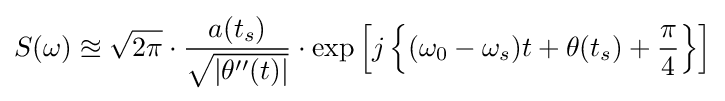
S(\omega )\approxeq {\sqrt {2\pi }}\cdot {\frac {a(t_{s})}{\sqrt {|\theta ''(t)|}}}\cdot \exp \left[j\left\{(\omega _{0}-\omega _{s})t+\theta (t_{s})+{\frac {\pi }{4}}\right\}\right]